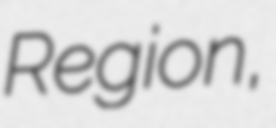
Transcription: Region,